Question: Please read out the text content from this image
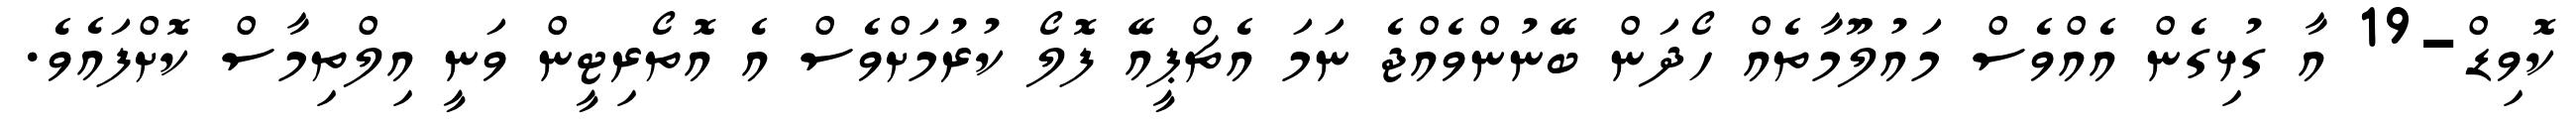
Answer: ކޮވިޑް-19 އާ ގުޅިގެން އެއްވެސް މައުލޫމާތެއް ހޯދަން ބޭނުންވެއްޖެ ނަމަ އެޗްޕީއޭ ފޮލޯ ކުރުމަށްވެސް އެ އޮތޯރިޓީން ވަނީ އިލްތިމާސް ކޮށްފައެވެ.